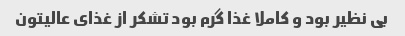
بی نظیر بود و کاملا غذا گرم بود تشکر از غذای عالیتون